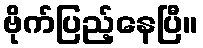
ဗိုက်ပြည့်နေပြီ။